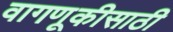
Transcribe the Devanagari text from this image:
वागणूकीसाठी